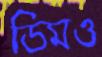
ডিমও